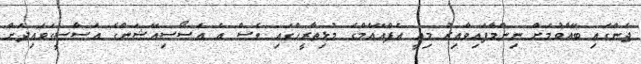
ޖެންގައި ބޭއްވުމަށް ނިންމާފައިވާއިރު މިއީ އެފްއޭއެމްގެ މުޅިތާރީހްގައި ވެސް އެ އެސޯސިއޭޝަންގެ އަސާސީގަވައިދަށް